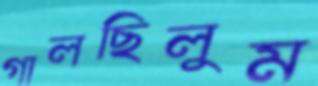
গালছিলুম